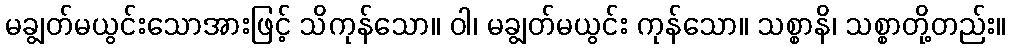
မချွတ်မယွင်းသောအားဖြင့် သိကုန်သော။ ဝါ၊ မချွတ်မယွင်း ကုန်သော။ သစ္စာနိ၊ သစ္စာတို့တည်း။